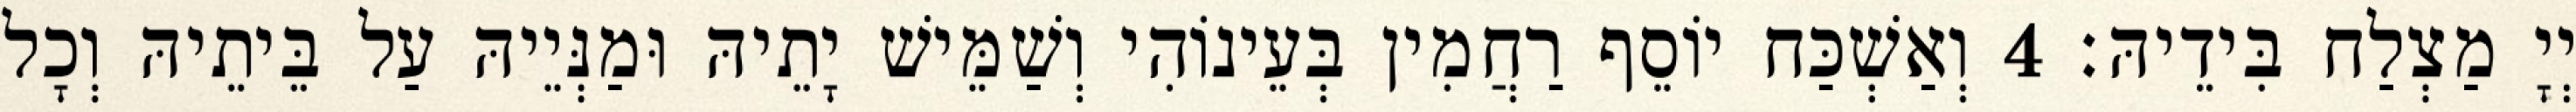
יְיָ מַצְלַח בִּידֵיהּ׃ 4 וְאַשְׁכַּח יוֹסֵף רַחֲמִין בְּעֵינוֹהִי וְשַׁמֵּישׁ יָתֵיהּ וּמַנְּיֵיהּ עַל בֵּיתֵיהּ וְכָל